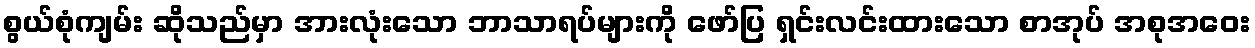
စွယ်စုံကျမ်း ဆိုသည်မှာ အားလုံးသော ဘာသာရပ်များကို ဖော်ပြ ရှင်းလင်းထားသော စာအုပ် အစုအဝေး